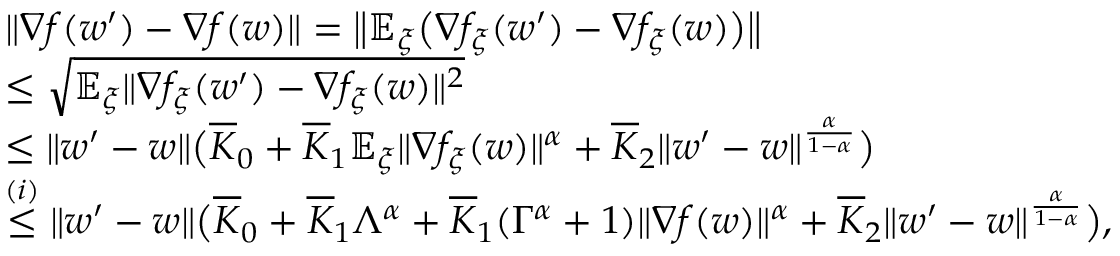
\begin{array} { r l } & { \| \nabla f ( w ^ { \prime } ) - \nabla f ( w ) \| = \big \| \mathbb { E } _ { \xi } \big ( \nabla f _ { \xi } ( w ^ { \prime } ) - \nabla f _ { \xi } ( w ) \big ) \big \| } \\ & { \le \sqrt { \mathbb { E } _ { \xi } \| \nabla f _ { \xi } ( w ^ { \prime } ) - \nabla f _ { \xi } ( w ) \| ^ { 2 } } } \\ & { \le \| w ^ { \prime } - w \| \big ( \overline { { K } } _ { 0 } + \overline { { K } } _ { 1 } \mathbb { E } _ { \xi } \| \nabla f _ { \xi } ( w ) \| ^ { \alpha } + \overline { { K } } _ { 2 } \| w ^ { \prime } - w \| ^ { \frac { \alpha } { 1 - \alpha } } \big ) } \\ & { \overset { ( i ) } { \le } \| w ^ { \prime } - w \| \big ( \overline { { K } } _ { 0 } + \overline { { K } } _ { 1 } \Lambda ^ { \alpha } + \overline { { K } } _ { 1 } ( \Gamma ^ { \alpha } + 1 ) \| \nabla f ( w ) \| ^ { \alpha } + \overline { { K } } _ { 2 } \| w ^ { \prime } - w \| ^ { \frac { \alpha } { 1 - \alpha } } \big ) , } \end{array}